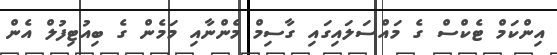
އިންކަމް ޓެކްސް ގެ މައްސަލައިގައި ގާސިމް މެންނާއި މަމެން ގެ ބިއުޓިފުލް އެން